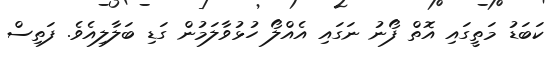
ކަބަޑު މަތީގައި އޮތް ފޯނު ނަގައި އެއްލޯ ހުޅުވާލަމުން ގަޑި ބަލާލިއެވެ. ފަތިސް